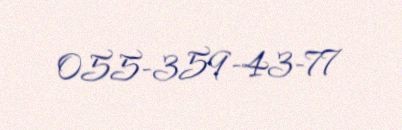
055-359-43-77